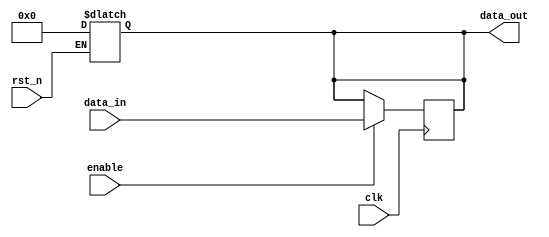
module output_register #(
    parameter WIDTH = 8  // Parameter to define the bit width of the register
)(
    input wire clk,       // Clock input
    input wire rst_n,     // Asynchronous active-low reset
    input wire enable,    // Enable signal
    input wire [WIDTH-1:0] data_in, // Data input
    output reg [WIDTH-1:0] data_out // Output register
);

// Asynchronous reset
always @(*) begin
    if (!rst_n) begin
        data_out <= {WIDTH{1'b0}}; // Clear the register to zero
    end
end

// Synchronous operation on clock edge
always @(posedge clk) begin
    if (enable) begin
        data_out <= data_in; // Update the output register with data input
    end
end

endmodule